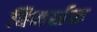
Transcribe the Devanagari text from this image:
विमर्शक